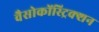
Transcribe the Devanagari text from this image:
वैसोकोंस्ट्रिक्शन